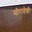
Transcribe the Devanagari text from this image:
मीरादेवी